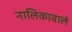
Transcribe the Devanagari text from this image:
नालिकावाले